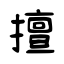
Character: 擅